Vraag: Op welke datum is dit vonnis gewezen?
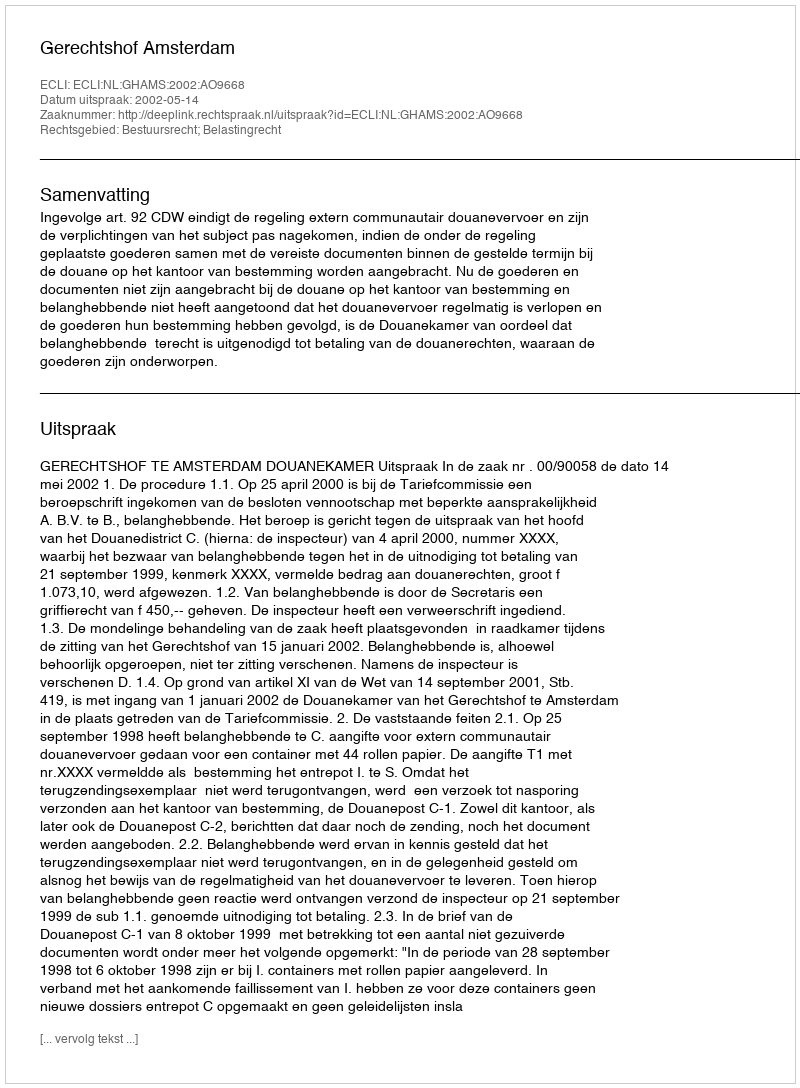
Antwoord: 2002-05-14